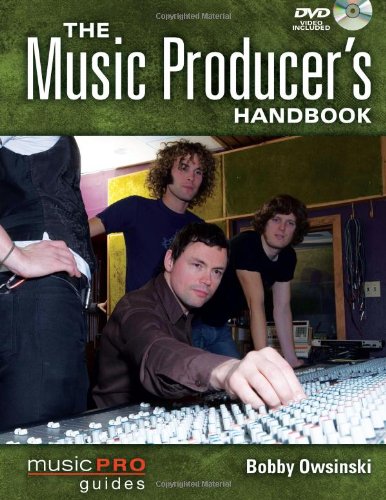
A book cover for The Music Producer's Handbook: Music Pro Guides (Technical Reference); Bobby Owsinski; Arts & Photography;